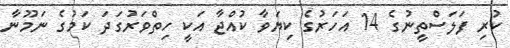
ކުރި ފަލަސްތީނުގެ 14 އަހަރުގެ ކިޔަވާ ކުއްޖާ އަކީ ހިތްވަރުގަދަ ކަމުގެ ނަމޫނާ